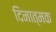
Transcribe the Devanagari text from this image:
दिनात्मक